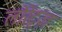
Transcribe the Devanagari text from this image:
लोरेंट्ज़